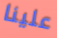
علينا